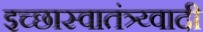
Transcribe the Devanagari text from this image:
इच्छास्वातंत्र्य्वादी